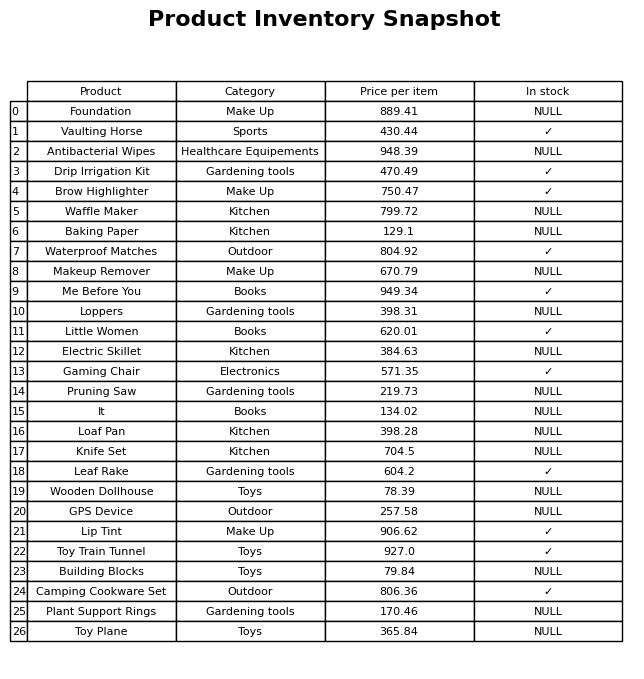
question: What is the stock status of the Baking Paper?
answer: NULL